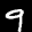
Label: 9